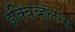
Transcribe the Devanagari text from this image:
इक्विव्हॅलन्स